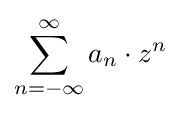
\sum _{n=-\infty }^{\infty }a_{n}\cdot z^{n}